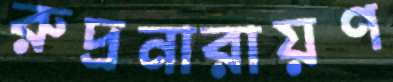
রুদ্রনারায়ণ